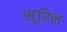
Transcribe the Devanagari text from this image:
सूरिन